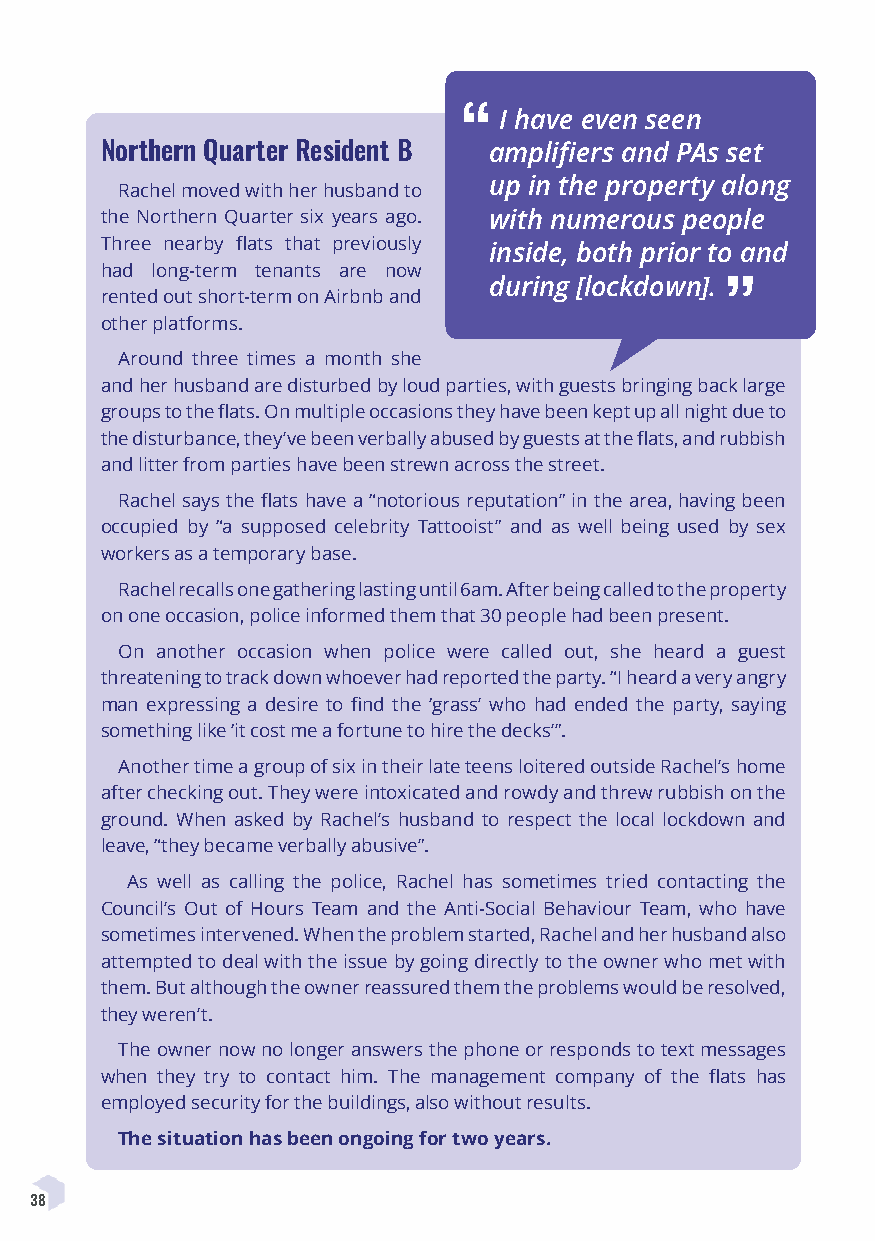
“ I have even seen
 Northern Quarter Resident B amplifiers and PAs set
 up in the property along
 Rachel moved with her husband to
 the Northern Quarter six years ago. with numerous people
 Three nearby flats that previously
 inside, both prior to and
 had long-term tenants are now
 during [lockdown].
 rented out short-term on Airbnb and      ”
 other platforms.
 Around three times a month she
 and her husband are disturbed by loud parties, with guests bringing back large
 groups to the flats. On multiple occasions they have been kept up all night due to
 the disturbance, they’ve been verbally abused by guests at the flats, and rubbish
 and litter from parties have been strewn across the street.
 Rachel says the flats have a “notorious reputation” in the area, having been
 occupied by “a supposed celebrity Tattooist” and as well being used by sex
 workers as a temporary base.
 Rachel recalls one gathering lasting until 6am. After being called to the property
 on one occasion, police informed them that 30 people had been present.
 On another occasion when police were called out, she heard a guest
 threatening to track down whoever had reported the party. “I heard a very angry
 man expressing a desire to find the ‘grass’ who had ended the party, saying
 something like ‘it cost me a fortune to hire the decks’”.
 Another time a group of six in their late teens loitered outside Rachel’s home
 after checking out. They were intoxicated and rowdy and threw rubbish on the
 ground. When asked by Rachel’s husband to respect the local lockdown and
 leave, “they became verbally abusive”.
 As well as calling the police, Rachel has sometimes tried contacting the
 Council’s Out of Hours Team and the Anti-Social Behaviour Team, who have
 sometimes intervened. When the problem started, Rachel and her husband also
 attempted to deal with the issue by going directly to the owner who met with
 them. But although the owner reassured them the problems would be resolved,
 they weren’t.
 The owner now no longer answers the phone or responds to text messages
 when they try to contact him. The management company of the flats has
 employed security for the buildings, also without results.
 The situation has been ongoing for two years.
 38